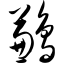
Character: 鹣